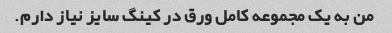
من به یک مجموعه کامل ورق در کینگ سایز نیاز دارم.